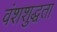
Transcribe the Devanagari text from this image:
वंशशुद्धता